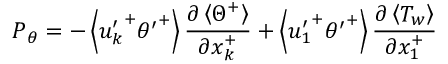
P _ { \theta } = - \left< { u _ { k } ^ { \prime } } ^ { + } { \theta ^ { \prime } } ^ { + } \right> \frac { \partial \left< { \Theta } ^ { + } \right> } { \partial x _ { k } ^ { + } } + \left< { u _ { 1 } ^ { \prime } } ^ { + } { \theta ^ { \prime } } ^ { + } \right> \frac { \partial \left< T _ { w } \right> } { \partial x _ { 1 } ^ { + } }